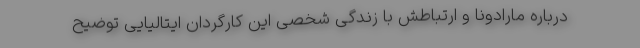
درباره مارادونا و ارتباطش با زندگی شخصی این کارگردان ایتالیایی توضیح